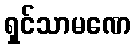
ရှင်သာမဏေ